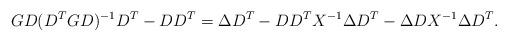
LaTeX: \begin{align*}GD(D^TGD)^{-1}D^T - DD^T &= \Delta D^T - DD^TX^{-1}\Delta D^T - \Delta D X^{-1} \Delta D^T.\end{align*}